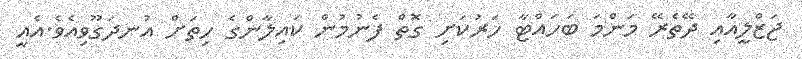
ޖަޒްލީއާއި ދޭތެރޭ މަންމަ ބަހައްޓާ ހަރުކަށި ގޮތް ފެނުމުން ކައިލާންގެ ހިތަށް އުނދަގޫވިއެވެ.އެއީ